Indian journal of veterinary science and animal husbandry - Volume 7,
Year: 1937
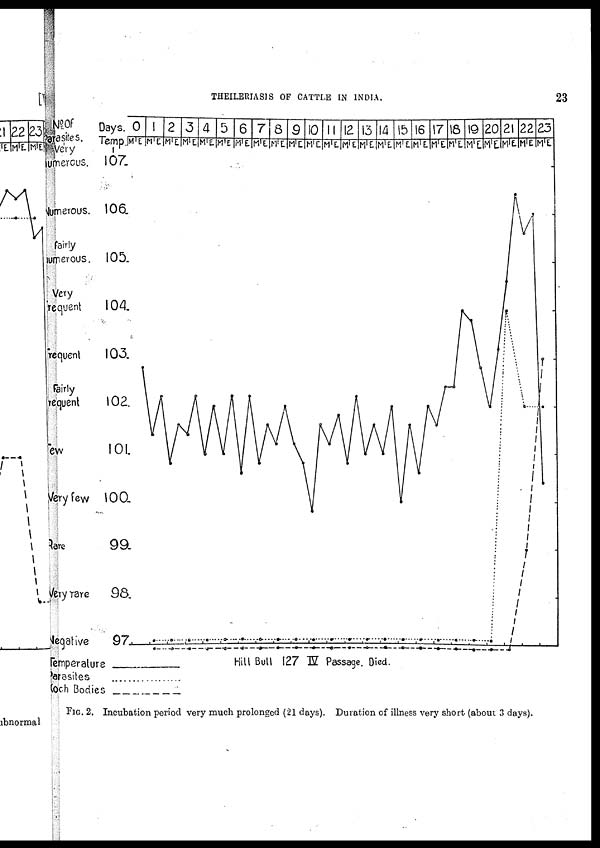
THEILERIASIS OF CATTLE IN INDIA.
23
FIG. 2. Incubation period very much prolonged (21 days). Duration of illness very short (about 3 days).